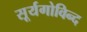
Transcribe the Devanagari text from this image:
सूर्यगोविन्द